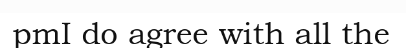
pmI do agree with all the